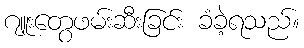
ဂျူးတွေဖမ်းဆီးခြင်း ခံခဲ့ရသည်။